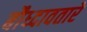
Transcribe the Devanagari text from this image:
बौध्दावतारे